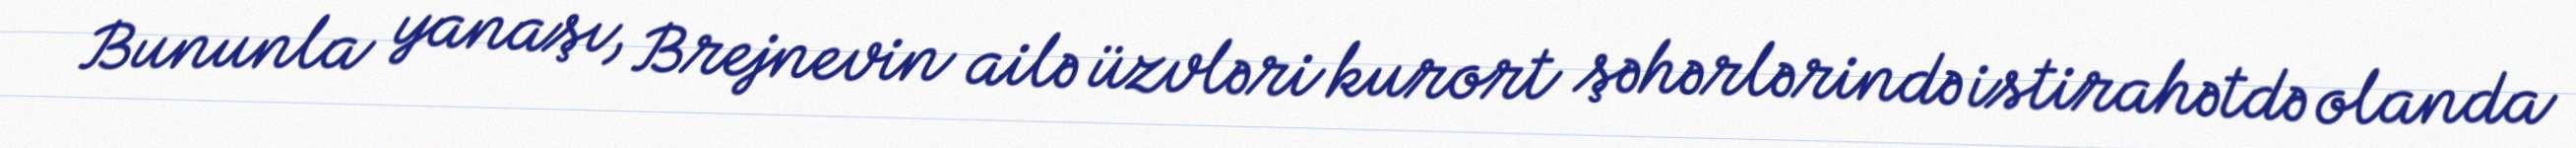
Bununla yanaşı, Brejnevin ailə üzvləri kurort şəhərlərində istirahətdə olanda